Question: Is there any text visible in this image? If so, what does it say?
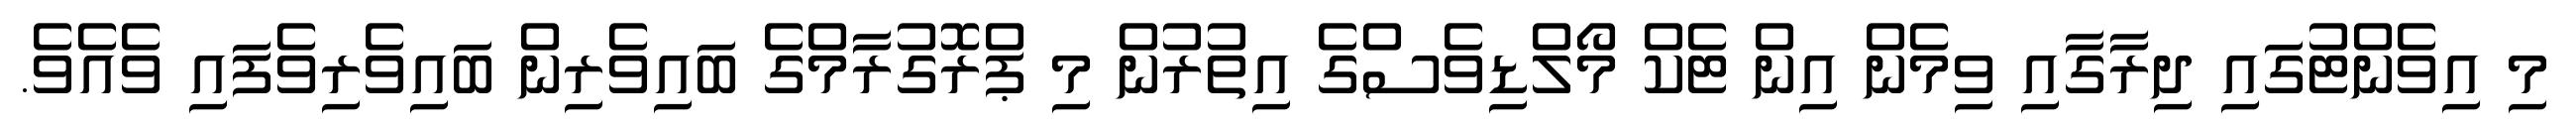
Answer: މި އިވެންޓުގައި ދިރާގާއި ވިމެން އިން ޓެކް މޯލްޑިވެސްގެ އިތުރުން މި ޕްރޮގުރާމްގެ ބައިވެރިން ބައިވެރިވެފައި ވެއެވެ.